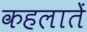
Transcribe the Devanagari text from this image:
कहलातें